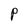
Character: P